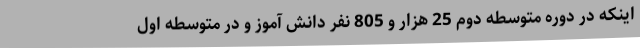
اینکه در دوره متوسطه دوم 25 هزار و 805 نفر دانش آموز و در متوسطه اول